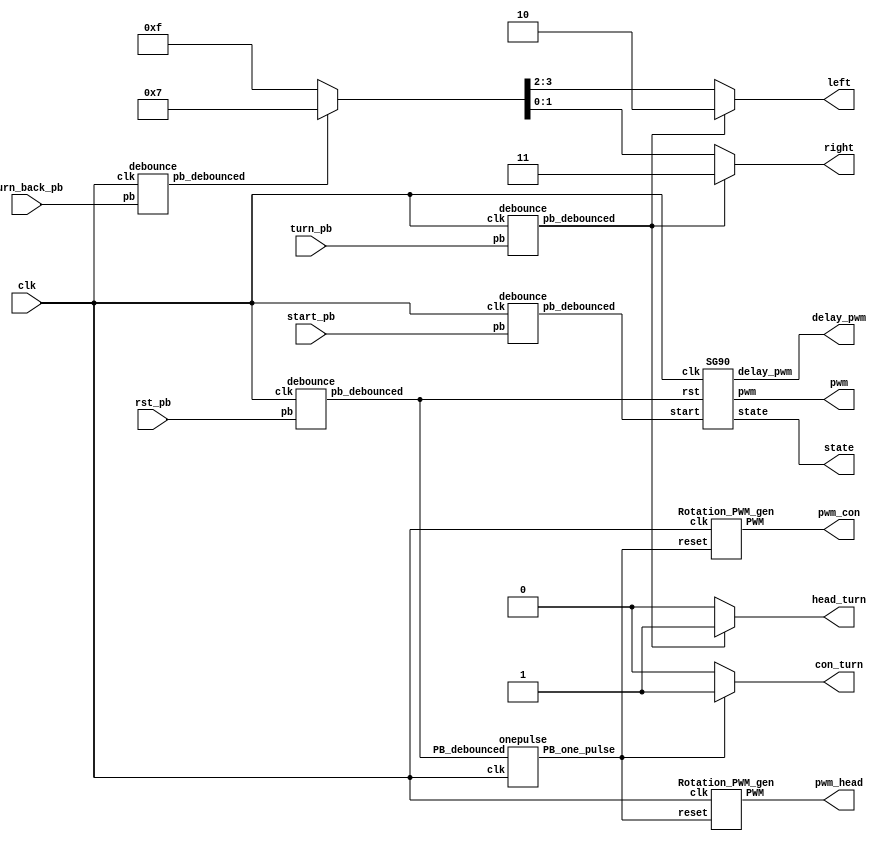
module Top(
    input rst_pb,
    input clk,
    input turn_pb,
    input turn_back_pb,
    input start_pb,
    output reg [1:0] left,
    output reg [1:0] right,
    output wire pwm,
    output wire delay_pwm,
    output wire [1:0]state, // for testing
    output wire pwm_head, // left_motor
    output wire pwm_con, // right_motor
    output wire head_turn, // testing
    output wire con_turn // testing
);
    wire rst_op, rst_db;
    debounce d0(rst_db, rst_pb, clk);
    onepulse d1(rst_db, clk, rst_op);
    wire turn_db;
    debounce d2(turn_db, turn_pb, clk);
    wire turn_back_db;
    debounce d3(turn_back_db, turn_back_pb, clk);
    wire start_op, start_db;
    debounce d4(start_db, start_pb, clk);
    onepulse d5(start_db, clk, start_op);

    Rotation_PWM_gen m0(clk, rst_op, pwm_head);
    Rotation_PWM_gen m1(clk, rst_op, pwm_con);
    SG90 sg(
        .rst(rst_db),
        .clk(clk),
        .start(start_db),
        .pwm(pwm),
        .delay_pwm(delay_pwm),
        .state(state) // for testing
    );

    assign head_turn = ((turn_db == 1'b1) ? 1'b1 : 1'b0);
    assign con_turn = ((rst_op == 1'b1) ? 1'b1 : 1'b0);
    always@(*)begin
        if(turn_db) {left, right} = 4'b1011;// turn
        else if(turn_back_db) {left, right} = 4'b0111;// turn in oposite direction
        else {left, right} = 4'b1111;//stop
    end
endmodule
module Rotation_PWM_gen (
    input wire clk,
    input wire reset,
    output reg PWM
);
    parameter duty = 32'd850; // decide motor speed
    wire [31:0] count_max = 32'd100_000_000 / 32'd25000;
    wire [31:0] count_duty = count_max * duty / 32'd1024;
//    wire [31:0] count_duty = count_max / 2;
    reg [31:0] count;
        
    always @(posedge clk, posedge reset) begin
        if (reset) begin
            count <= 32'b0;
            PWM <= 1'b0;
        end 
        else if (count < count_max) begin
            count <= count + 32'd1;
            if(count < count_duty)
                PWM <= 1'b1;
            else
                PWM <= 1'b0;
        end
        else begin
            count <= 32'b0;
            PWM <= 1'b0;
        end
    end
endmodule

module SG90(
    input  rst,
    input  clk,
    input  start,
    output reg pwm,
    output reg delay_pwm,
    output reg [1:0]state // for testing
    );
    
    reg[30:0] cnt1;
    reg[30:0] cnt2;
    parameter MAX = 31'd33650000;
    parameter MAX_latter = 31'd33480000;

    wire div_clk;
    clk_div cd(rst, clk, div_clk);

    reg d_st;
    always@(posedge clk or posedge rst) begin
        if(rst)begin
                state <= 2'b00;
                d_st <= 1'b0;
                pwm <= 1'b0;
                delay_pwm <= 1'b1;
        end
        else begin
            case(state)
                2'b00:begin
                    if(start)begin
                        state <= 2'b01;
                        cnt1 <= 31'd0;
                        cnt2 <= 31'd0;
                        d_st <= 1'b1;
                        pwm <= pwm;
                        delay_pwm <= delay_pwm;
                    end
                    else if(d_st && div_clk)begin
                        state <= 2'b10;
                        cnt1 <= 31'd0;
                        cnt2 <= 31'd0;
                        d_st <= 1'b0;
                        pwm <= pwm;
                        delay_pwm <= delay_pwm;
                    end
                    else if(cnt1 <= 31'd149999)begin
                        state <= state;
                        cnt1 <= cnt1 + 1'b1;
                        cnt2 <= cnt2 + 1'b1;
                        d_st <= d_st;
                        pwm <= 1'b1;
                        delay_pwm <= 1'b1;
                    end
                    else if(cnt1 == 31'd1999999)begin
                        state <= state;
                        cnt2 <= cnt2 + 1'b1;
                        cnt1 <= 31'd0;
                        d_st <= d_st;
                        pwm <= 1'b0;
                        delay_pwm <= 1'b0;
                    end
                    else begin
                        state <= state;
                        cnt1 <= cnt1 + 1'b1;
                        cnt2 <= cnt2 + 1'b1;
                        d_st <= d_st;
                        pwm <= 1'b0;
                        delay_pwm <= 1'b0;
                    end
                end
                2'b01:begin
                    if(cnt2 == MAX)begin
                        state <= 2'b00;
                        cnt1 <= 31'd0;
                        cnt2 <= 31'd0;
                        pwm <= pwm;
                        delay_pwm <= 1'b0;
                    end
                    else if(cnt1 <= 31'd59999)begin
                        state <= state;
                        cnt1 <= cnt1 + 1'b1;
                        cnt2 <= cnt2 + 1'b1;                           
                        pwm <= 1'b1;
                        delay_pwm <= 1'b0;
                    end
                    else if(cnt1 == 31'd1999999)begin
                        state <= state;
                        cnt1 <= 31'd0;
                        cnt2 <= cnt2 + 1'b1;
                        pwm <= 1'b0;
                        delay_pwm <= 1'b0;
                    end
                    else begin
                        state <= state;
                        cnt1 <= cnt1 + 1'b1;
                        cnt2 <= cnt2 + 1'b1;                        
                        pwm <= 1'b0;
                        delay_pwm <= 1'b0;
                    end
                end
                default:begin
                    if(cnt2 == MAX_latter)begin
                        state <= 2'b00;
                        cnt1 <= 31'd0;
                        cnt2 <= 31'd0;
                        pwm <= 1'b0;
                        delay_pwm <= delay_pwm;
                    end
                    else if(cnt1 <= 31'd59999)begin
                        state <= state;
                        cnt1 <= cnt1 + 1'b1;
                        cnt2 <= cnt2 + 1'b1; 
                        pwm <= 1'b0;                          
                        delay_pwm <= 1'b1;
                    end
                    else if(cnt1 == 31'd1999999)begin
                        state <= state;
                        cnt1 <= 31'd0;
                        cnt2 <= cnt2 + 1'b1;
                        pwm <= 1'b0;
                        delay_pwm <= 1'b0;
                    end
                    else begin
                        state <= state;
                        cnt1 <= cnt1 + 1'b1;
                        cnt2 <= cnt2 + 1'b1;  
                        pwm <= 1'b0;
                        delay_pwm <= 1'b0;
                    end
                end
            endcase
        end
    end           
endmodule
module clk_div(rst, clk, div_clk);
input rst, clk;
output div_clk;
wire [25:0]nxt_cnt;
reg [25:0]cnt;
reg div_clk;
assign nxt_cnt = cnt+1;

always@(posedge clk)begin
    if(rst)begin
        cnt <= 26'b0;
        div_clk <= 1'b0;
    end
    else begin
            if(cnt == 2**25-26'd800) begin
                div_clk <= 1'b1;
                cnt <= 25'b0;
            end else begin
                div_clk <= 1'b0;
                cnt <= nxt_cnt;
            end
    end
end
endmodule
module debounce (pb_debounced, pb, clk);
    output pb_debounced; 
    input pb;
    input clk;
    reg [4:0] DFF;
    
    always @(posedge clk) begin
        DFF[4:1] <= DFF[3:0];
        DFF[0] <= pb; 
    end
    assign pb_debounced = (&(DFF)); 
endmodule

module onepulse (PB_debounced, clk, PB_one_pulse);
    input PB_debounced;
    input clk;
    output reg PB_one_pulse;
    reg PB_debounced_delay;

    always @(posedge clk) begin
        PB_one_pulse <= PB_debounced & (! PB_debounced_delay);
        PB_debounced_delay <= PB_debounced;
    end 
endmodule